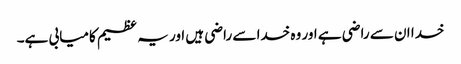
خدا ان سے راضی ہے اور وہ خدا سے راضی ہیں اور یہ عظیم کامیابی ہے۔